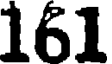
161